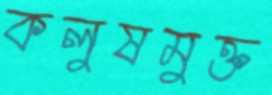
কলুষমুক্ত